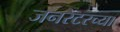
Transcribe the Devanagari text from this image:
जनरेटरच्या